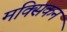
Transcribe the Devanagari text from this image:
मक्सिकन